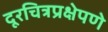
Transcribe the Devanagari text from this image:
दूरचित्रप्रक्षेपणे